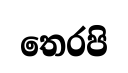
තෙරපි